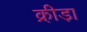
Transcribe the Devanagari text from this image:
क्री़डा़